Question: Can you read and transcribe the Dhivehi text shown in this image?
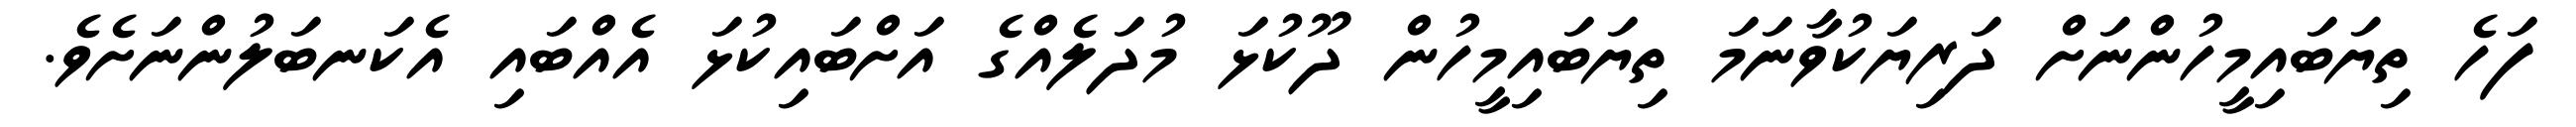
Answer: ފަހެ ތިޔަބައިމީހުންނަށް ދަރިޔަކުވާނަމަ ތިޔަބައިމީހުން ދޫކުޅަ މުދަލެއްގެ އަށްބައިކުޅަ އެއްބައި އެކަނބަލުންނަށެވެ.